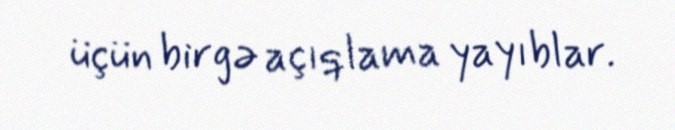
üçün birgə açıqlama yayıblar.